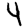
Digit: 4